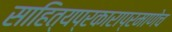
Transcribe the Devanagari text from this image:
साहित्यप्रकाराप्रमाणेच